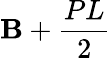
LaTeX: \mathbf{B}+{\frac{{PL}}{{2}}}